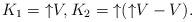
LaTeX: \begin{align*} K_1 = {\uparrow}V, K_2={\uparrow}({\uparrow}V-V). \end{align*}